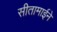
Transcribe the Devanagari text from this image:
सीतामाईने